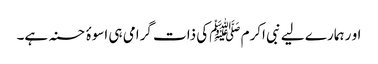
او ر ہمارے لیے نبی اکرم ﷺکی ذات گرامی ہی اسوۂ حسنہ ہے۔